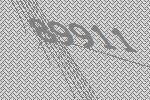
89911